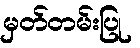
မှတ်တမ်းပြု